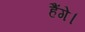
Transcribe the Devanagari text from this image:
हैंगे।